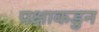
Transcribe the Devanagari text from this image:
पक्षाकडुन